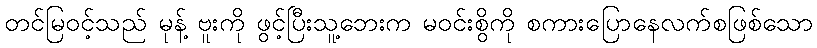
တင်မြဝင့်သည် မုန့် ဗူးကို ဖွင့်ပြီးသူ့ဘေးက မဝင်းစွိကို စကားပြောနေလက်စဖြစ်သော